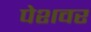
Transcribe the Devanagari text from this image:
पेशवर